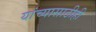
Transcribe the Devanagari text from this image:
यांच्यासाठीही